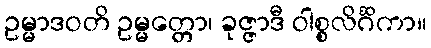
ဥမ္မာဒဝတိ ဥမ္မတ္တော၊ ခုဇ္ဇာဒီ ဝါစ္စလိင်္ဂိကာ။